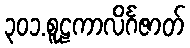
၃၀၁.စူဠကာလိင်္ဂဇာတ်